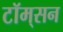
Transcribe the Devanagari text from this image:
टॉम्‌सन